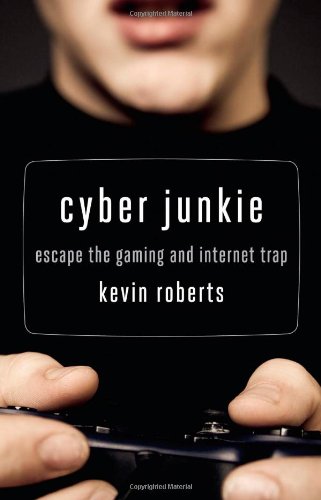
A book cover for Cyber Junkie: Escape the Gaming and Internet Trap; Kevin Roberts; Health, Fitness & Dieting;